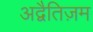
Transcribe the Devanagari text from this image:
अद्वैतिज़म